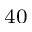
^ { 4 0 }